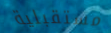
مستقبلية